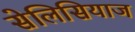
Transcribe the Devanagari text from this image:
सेलिसियाज